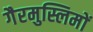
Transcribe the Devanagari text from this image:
गैरमुस्लिमों